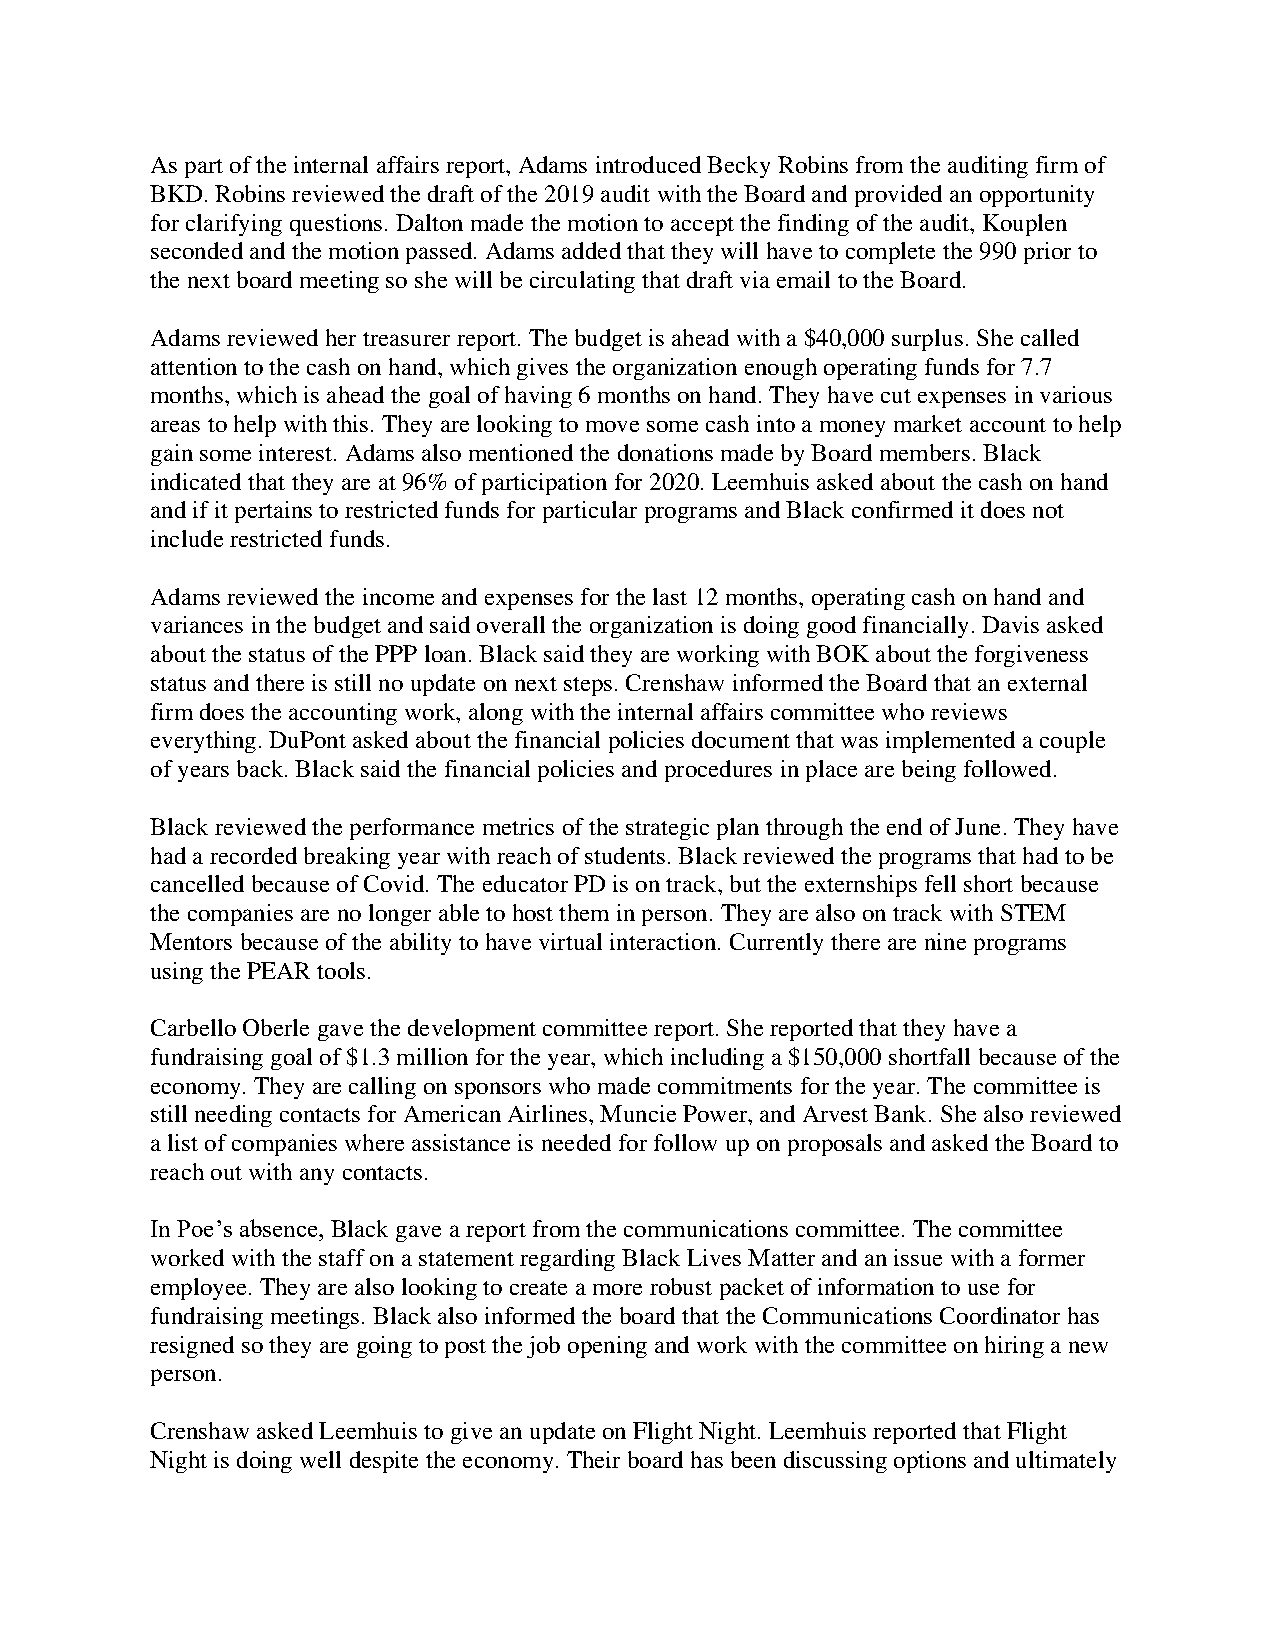
As part of the internal affairs report, Adams introduced Becky Robins from the auditing firm of
 BKD. Robins reviewed the draft of the 2019 audit with the Board and provided an opportunity
 for clarifying questions. Dalton made the motion to accept the finding of the audit, Kouplen
 seconded and the motion passed. Adams added that they will have to complete the 990 prior to
 the next board meeting so she will be circulating that draft via email to the Board.
 Adams reviewed her treasurer report. The budget is ahead with a $40,000 surplus. She called
 attention to the cash on hand, which gives the organization enough operating funds for 7.7
 months, which is ahead the goal of having 6 months on hand. They have cut expenses in various
 areas to help with this. They are looking to move some cash into a money market account to help
 gain some interest. Adams also mentioned the donations made by Board members. Black
 indicated that they are at 96% of participation for 2020. Leemhuis asked about the cash on hand
 and if it pertains to restricted funds for particular programs and Black confirmed it does not
 include restricted funds.
 Adams reviewed the income and expenses for the last 12 months, operating cash on hand and
 variances in the budget and said overall the organization is doing good financially. Davis asked
 about the status of the PPP loan. Black said they are working with BOK about the forgiveness
 status and there is still no update on next steps. Crenshaw informed the Board that an external
 firm does the accounting work, along with the internal affairs committee who reviews
 everything. DuPont asked about the financial policies document that was implemented a couple
 of years back. Black said the financial policies and procedures in place are being followed.
 Black reviewed the performance metrics of the strategic plan through the end of June. They have
 had a recorded breaking year with reach of students. Black reviewed the programs that had to be
 cancelled because of Covid. The educator PD is on track, but the externships fell short because
 the companies are no longer able to host them in person. They are also on track with STEM
 Mentors because of the ability to have virtual interaction. Currently there are nine programs
 using the PEAR tools.
 Carbello Oberle gave the development committee report. She reported that they have a
 fundraising goal of $1.3 million for the year, which including a $150,000 shortfall because of the
 economy. They are calling on sponsors who made commitments for the year. The committee is
 still needing contacts for American Airlines, Muncie Power, and Arvest Bank. She also reviewed
 a list of companies where assistance is needed for follow up on proposals and asked the Board to
 reach out with any contacts.
 In Poe’s absence, Black gave a report from the communications committee. The committee
 worked with the staff on a statement regarding Black Lives Matter and an issue with a former
 employee. They are also looking to create a more robust packet of information to use for
 fundraising meetings. Black also informed the board that the Communications Coordinator has
 resigned so they are going to post the job opening and work with the committee on hiring a new
 person.
 Crenshaw asked Leemhuis to give an update on Flight Night. Leemhuis reported that Flight
 Night is doing well despite the economy. Their board has been discussing options and ultimately